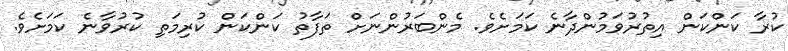
ކުރާ ކަންކަން އިތުރުވަމުންދާނެ ކަމަށެވެ. މެންބަރުންނަށް ތަފާތު ކަންކަން ކުރިމަތި ކުރުވާނެ ކަމަށެވެ.